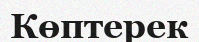
Көптерек